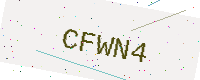
Text: CFWN4